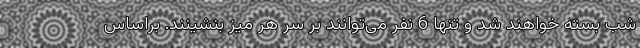
شب بسته خواهند شد و تنها 6 نفر می‌توانند بر سر هر میز بنشینند. براساس